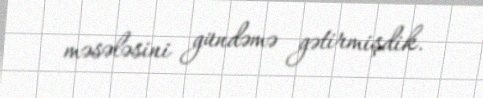
məsələsini gündəmə gətirmişdik.